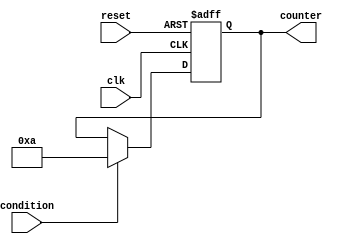
module loop_with_conditionals (
    input wire clk,
    input wire reset,
    input wire condition,
    output reg [7:0] counter
);

always @(posedge clk or posedge reset) begin
    if (reset) begin
        counter <= 0;
    end else begin
        if (condition) begin
            for (counter = 0; counter < 10; counter = counter + 1) begin
                // Perform repetitive task here
            end
        end else begin
            // Perform other task here
        end
    end
end

endmodule